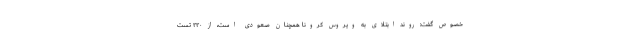
خصوص گفت: روند ابتلای به ویروس کرونا همچنان صعودی است، از ۲۲۰ تست